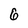
Character: 6